Report on sanitation, dispensaries, and jails in Rajputana for 1914, and on vaccination for the year 1914-1915 - 1914-1915
Year: 1914
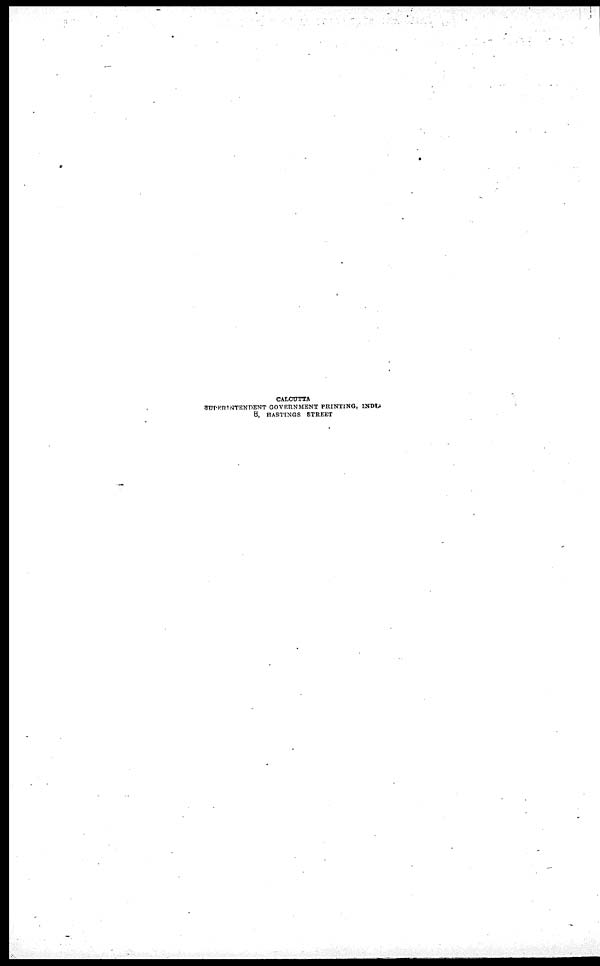
CALCUTTA
SUPERIENTEDENT
GOVERNMENT PRINTING, INDIA.
8, HASTINGS STREET